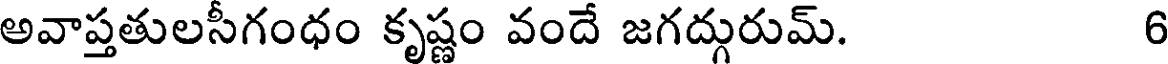
అవాప్తతులసీగంధం కృష్ణం వందే జగద్గురుమ్. 6